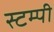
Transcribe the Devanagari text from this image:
स्टम्पी